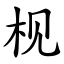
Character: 枧